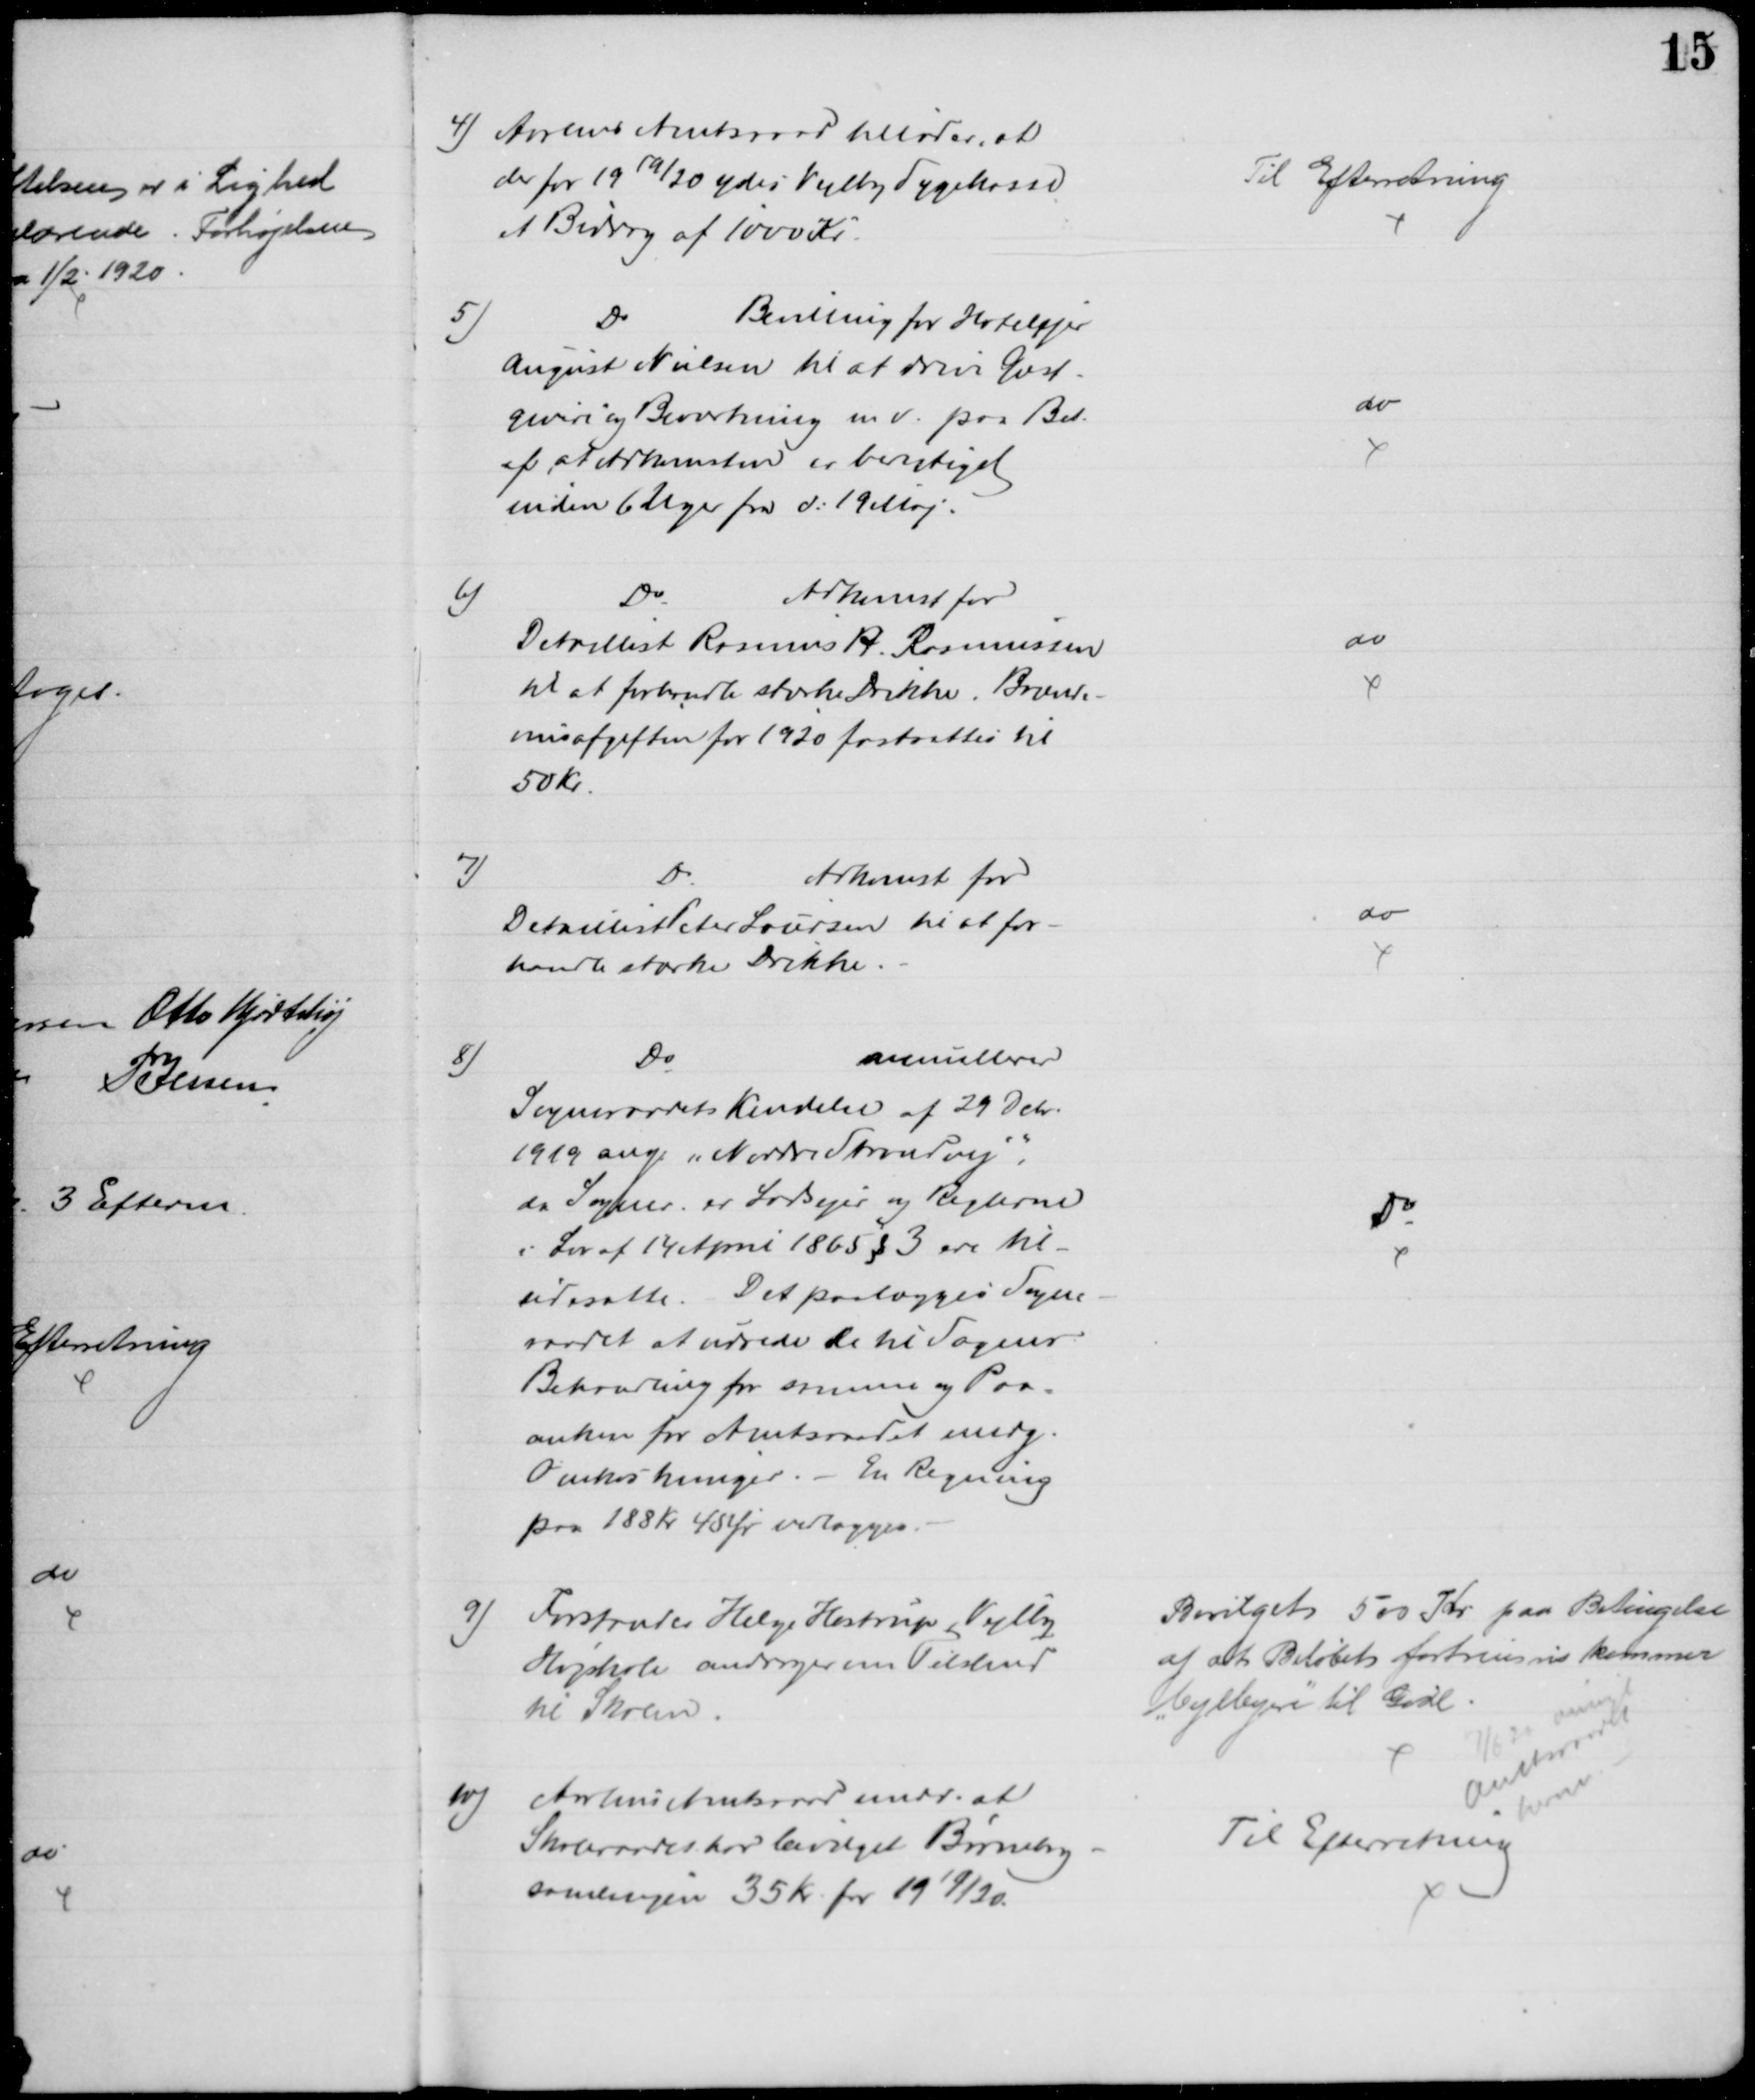
Transskription:
4) Aarhus Amtsraad tillader, at
der for 1919/20 ydes Vejlby Sygekasse
et Bidrag af 1000 Kr.
Til Efterretning
5)
Do
Bevilling for Hotelejer
August Nielsen til at drive Gæst-
giveri og Beværtning m.v. paa Bet.
af, at Adkomsten er berigtiget
inden 6 Uger fra d: 19 Maj.
do
6)
Do
Adkomst for
Detaillist Rasmus H. Rasmussen
til at forhandle stærke Drikke. Brænd-
vinsafgiften for 1920 fastsættes til
50 Kr.
do
7)
Do
Adkomst for
Detaillist Peter Laursen til at for-
handle stærke Drikke.
do
8)
Do
annullerer
Sogneraadets Kendelse af 29 Debr
1919 ang. "Nordre Strandvej",
da Sogner er Lodsejer og Reglerne
i Lov af 14 April 1865 § 3 ere til-
sidesatte. Det paalægges Sogne-
raadet at udrede de til Sagens
Behandling for samme og Paa=
anken for Amtsraadet medg.
Omkostninger. - En Regning
paa 188 Kr 45 Øre vedlægges.
Do
9) Forstander Helge Hostrup Vejlby
Højskole andrager om Tilskud
til Skolen.
Bevilget 500 Kr paa Betingelse
af at Beløbet fortrinsvis kommer 
"Vejlbyere" til Gode.
7/6 20 ansøgt
Amtsraadet
herom
10) Aarhus Amtsraad medd. at
Skoleraadet har bevilget Børnebog-
samlingen 35 Kr for 1919/20.
Til Efterretning